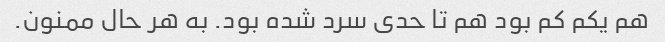
هم یکم کم بود هم تا حدی سرد شده بود. به هر حال ممنون.